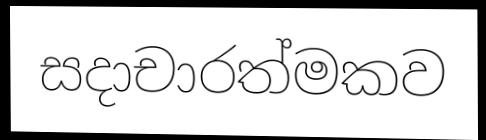
සදාචාරත්මකව